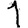
Digit: 1